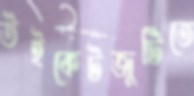
উইকেটজুটিতে